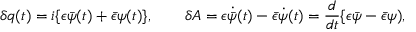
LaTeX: \delta q ( t ) = i \{ \epsilon \bar { \psi } ( t ) + \bar { \epsilon } \psi ( t ) \} , \qquad \delta A = \epsilon \dot { \bar { \psi } } ( t ) - \bar { \epsilon } \dot { \psi } ( t ) = { \frac { d } { d t } } \{ \epsilon \bar { \psi } - \bar { \epsilon } \psi ) ,